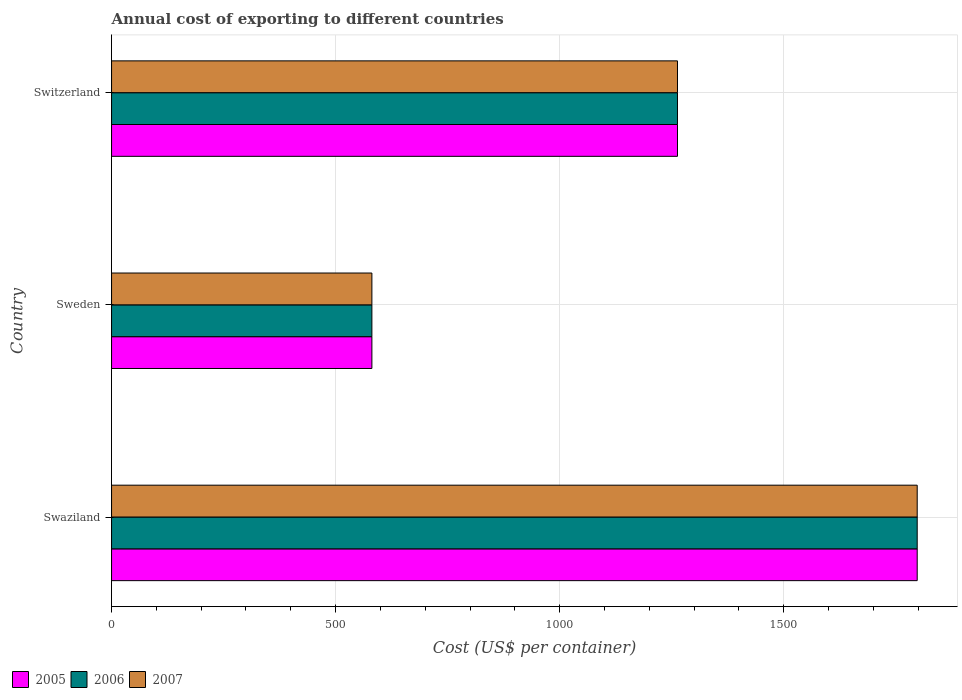
| Country | 2005 | 2006 | 2007 |
 | --- | --- | --- | --- |
 | Swaziland | 1.8e+03 | 1.8e+03 | 1.8e+03 |
 | Sweden | 581 | 581 | 581 |
 | Switzerland | 1.26e+03 | 1.26e+03 | 1.26e+03 |